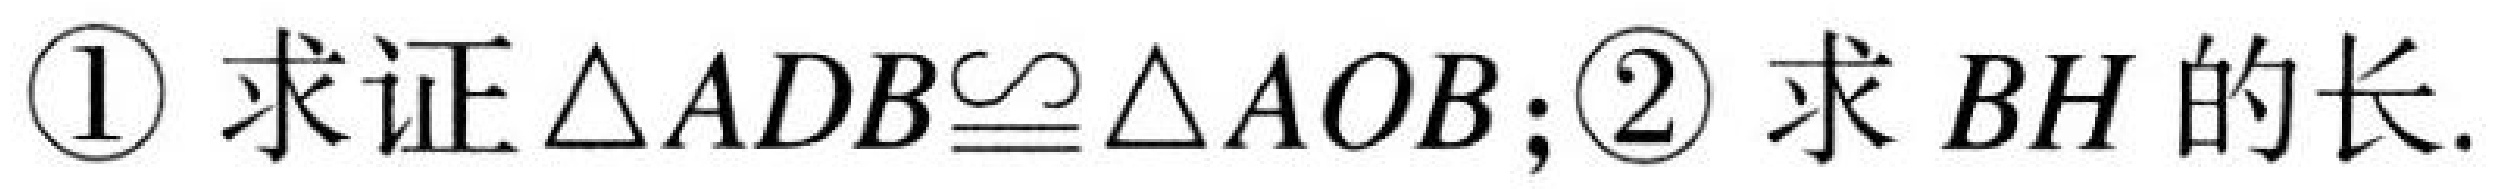
\textcircled{1} 求证\(\triangle ADB\cong\triangle AOB\);\textcircled{2} 求 \(BH\) 的长.